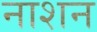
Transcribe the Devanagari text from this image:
नाशन